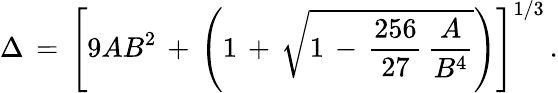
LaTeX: \begin{array}{l}{\displaystyle\Delta\, =\, \left[9AB^{2}\, +\, \left(1\, +\, \sqrt{1\, -\, \frac{256}{27}\, \frac A{B^{4}}}\right)\right]^{1/3}\, .}\end{array}